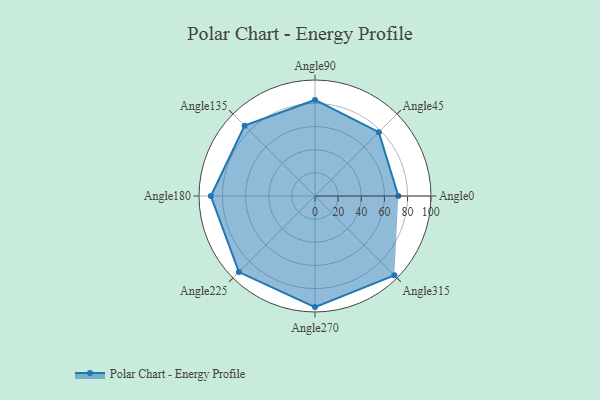
{"axis": {"x": "Angle", "y": "Radius"}, "legend": [""], "data": [{"x": "Angle0", "y": 72.0, "type": ""}, {"x": "Angle45", "y": 78.0, "type": ""}, {"x": "Angle90", "y": 83.0, "type": ""}, {"x": "Angle135", "y": 86.0, "type": ""}, {"x": "Angle180", "y": 90.0, "type": ""}, {"x": "Angle225", "y": 93.0, "type": ""}, {"x": "Angle270", "y": 96.0, "type": ""}, {"x": "Angle315", "y": 97.0, "type": ""}]}